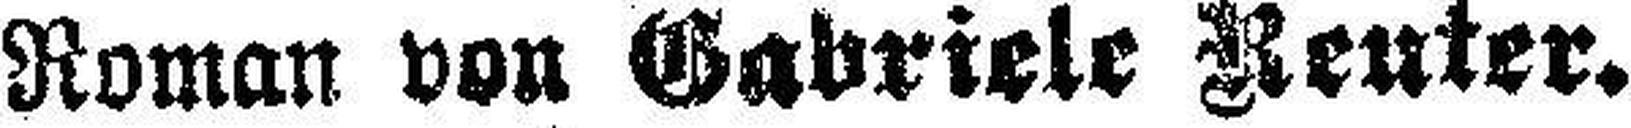
Roman von Gabriele Reuter.